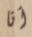
أنا